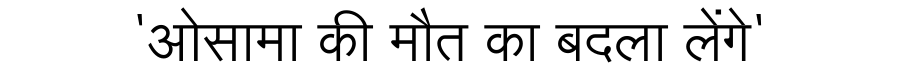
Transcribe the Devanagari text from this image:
'ओसामा की मौत का बदला लेंगे'